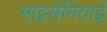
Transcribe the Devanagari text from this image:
माइसेनियाई